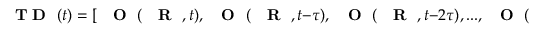
\mathrm { ~ { ~ \bf ~ T ~ D ~ } ~ } ( t ) = [ \mathrm { ~ { ~ \bf ~ O ~ } ~ } ( \mathrm { ~ { ~ \bf ~ R ~ } ~ } , t ) , \mathrm { ~ { ~ \bf ~ O ~ } ~ } ( \mathrm { ~ { ~ \bf ~ R ~ } ~ } , t - \tau ) , \mathrm { ~ { ~ \bf ~ O ~ } ~ } ( \mathrm { ~ { ~ \bf ~ R ~ } ~ } , t - 2 \tau ) , . . . , \mathrm { ~ { ~ \bf ~ O ~ } ~ } ( \mathrm { ~ { ~ \bf ~ R ~ } ~ } , t - ( D _ { E } - 1 ) \tau ] .